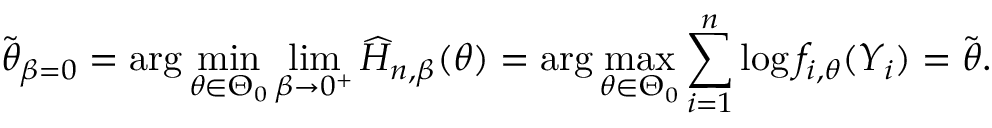
\widetilde { \boldsymbol { \theta } } _ { \beta = 0 } = \arg \operatorname* { m i n } _ { \boldsymbol { \theta } \in \Theta _ { 0 } } \operatorname* { l i m } _ { \beta \rightarrow 0 ^ { + } } \widehat { H } _ { n , \beta } ( \boldsymbol { \theta } ) = \arg \operatorname* { m a x } _ { \boldsymbol { \theta } \in \Theta _ { 0 } } \sum _ { i = 1 } ^ { n } \log f _ { i , \boldsymbol { \theta } } ( Y _ { i } ) = \widetilde { \boldsymbol { \theta } } .